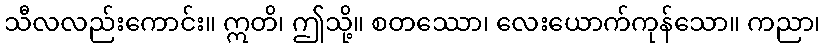
သီလလည်းကောင်း။ ဣတိ၊ ဤသို့။ စတဿော၊ လေးယောက်ကုန်သော။ ကညာ၊